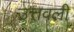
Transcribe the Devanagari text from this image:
उत्तवली